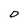
Character: D